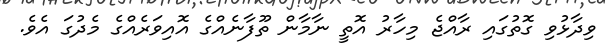
ވިދާޅުވި ގޮތުގައި ރާއްޖެ މިހާރު އޮތީ ނާމާން ތޫފާނެއްގެ އޮއިވަރެއްގެ މެދުގަ އެވެެ.